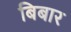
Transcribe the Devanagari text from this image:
बिबार